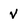
Character: v